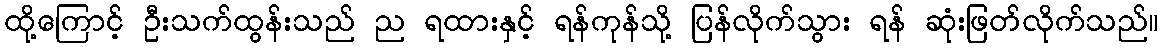
ထို့ကြောင့် ဦးသက်ထွန်းသည် ည ရထားနှင့် ရန်ကုန်သို့ ပြန်လိုက်သွား ရန် ဆုံးဖြတ်လိုက်သည်။